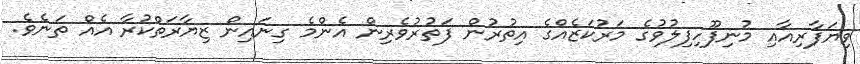
ވިޔަފާރިއާއި މުނިފޫހިފިލުވުގެ މަރުކަޒެއްގެ އިތުރުން ފަތުރުވެރިން އެންމެ ގިނައިން ޒިޔާރަތްކުރާ އެއް ތަނެވެ.